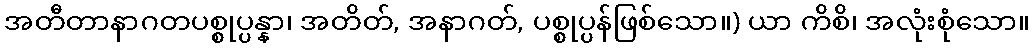
အတီတာနာဂတပစ္စုပ္ပန္နာ၊ အတိတ်, အနာဂတ်, ပစ္စုပ္ပန်ဖြစ်သော။) ယာ ကိစိ၊ အလုံးစုံသော။